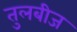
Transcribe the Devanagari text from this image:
तुलबीज